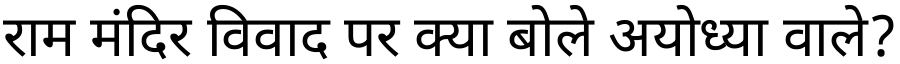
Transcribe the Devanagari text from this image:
राम मंदिर विवाद पर क्या बोले अयोध्या वाले?